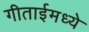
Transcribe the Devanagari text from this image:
गीताईमध्ये